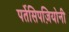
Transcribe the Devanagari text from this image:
पर्तेसिपज़ियोनी